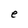
Character: e